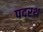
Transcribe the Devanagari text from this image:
पदरथ